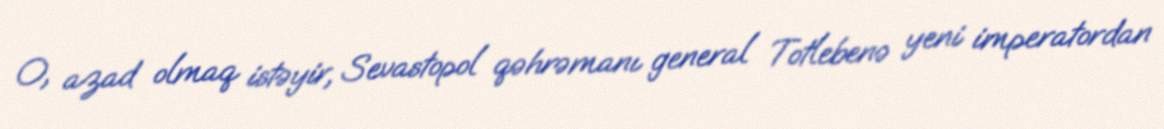
O, azad olmaq istəyir, Sevastopol qəhrəmanı general Totlebenə yeni imperatordan